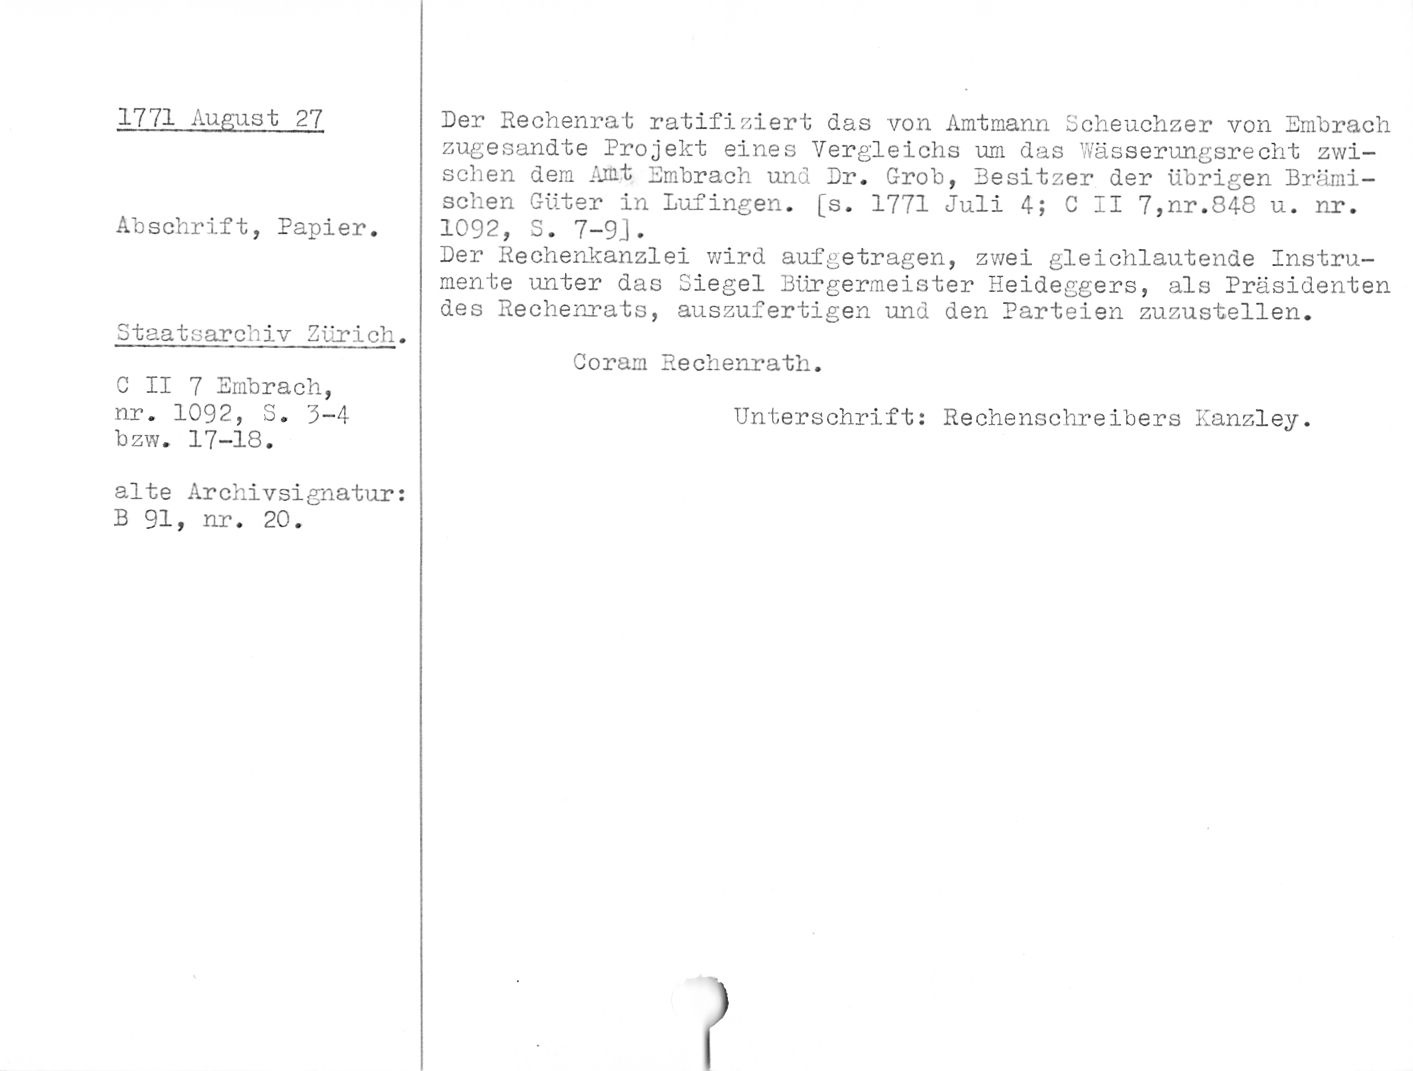
1771 August 27

Abschrift, Papier.

Staatsarchiv Zürich.

C II 7 Embrach,
nr. 1092, S. 3-4
bzw. 17-18.

alte ArchivSignatur:
B 91, nr. 20.

Der Rechenrat ratifiziert das von Amtmann Scheuchzer von Umbrach
zugesandte Projekt eines Vergleichs um das Wässerungsrecht zwi¬
schen dem Amt Umbrach und Dr. Grob, Besitzer der übrigen Brämi-
schen Güter in Lufingen. [s. 1771 Juli 4; C II 7,nr.848 u. nr.
1092, S. 7-9].

Der Rechenkanzlei wird aufgetragen, zwei gleichlautende Instru¬
mente unter das Siegel Bürgermeister Heideggers, als Präsidenten
des Rechenrats, auszufertigen und den Parteien zuzustellen.

Coram Rechenrath.

Unterschrift: Rechenschreibers Kanzley.